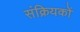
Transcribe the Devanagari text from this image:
संक्रियकों